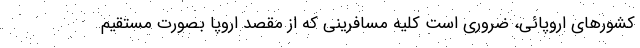
کشورهای اروپائی، ضروری است کلیه مسافرینی که از مقصد اروپا بصورت مستقیم